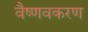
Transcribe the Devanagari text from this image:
वैष्णवकरण